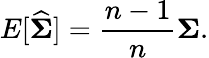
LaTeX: E[{\widehat{\boldsymbol{\Sigma}}}]={\frac{n-1}{n}}{\boldsymbol{\Sigma}}.